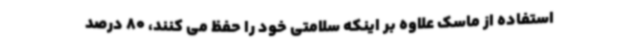
استفاده از ماسک علاوه بر اینکه سلامتی خود را حفظ می کنند، 80 درصد